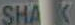
SHAK